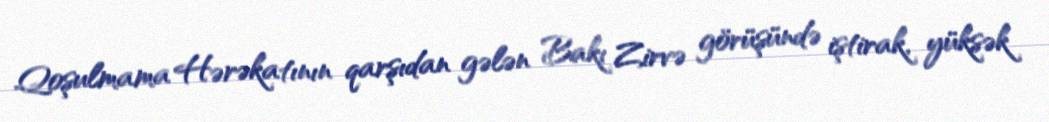
Qoşulmama Hərəkatının qarşıdan gələn Bakı Zirvə görüşündə iştirak, yüksək